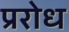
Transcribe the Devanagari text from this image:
प्ररोध